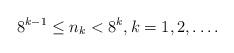
LaTeX: \begin{align*} 8^{k-1}\le n_k< 8^{k},k=1,2,\ldots.\end{align*}